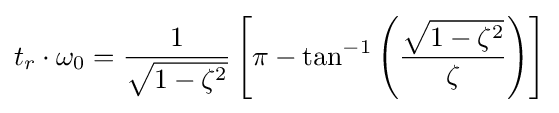
t_{r}\cdot \omega _{0}={\frac {1}{\sqrt {1-\zeta ^{2}}}}\left[\pi -\tan ^{-1}\left({\frac {\sqrt {1-\zeta ^{2}}}{\zeta }}\right)\right]